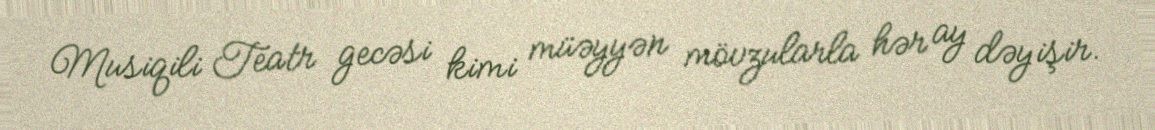
Musiqili Teatr gecəsi kimi müəyyən mövzularla hər ay dəyişir.